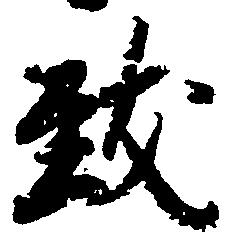
致